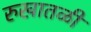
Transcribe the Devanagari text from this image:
रुखातळी